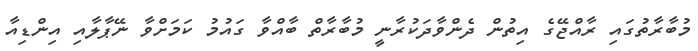
މުބާރާތުގައި ރާއްޖޭގެ އިތުން ދެންވާދަކުރާނީ މުބާރާތް ބާއްވާ ގައުމުު ކަމަށްވާ ނޭޕާލާއި އިންޑިއާ